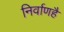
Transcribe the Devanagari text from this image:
निर्वाणहै